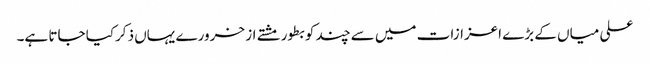
علی میاں کے بڑے اعزازات میں سے چند کو بطور مشتے از خرورے یہاں ذکرکیا جاتا ہے۔